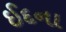
ઈદના